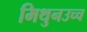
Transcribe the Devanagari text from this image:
मिथुनउच्च